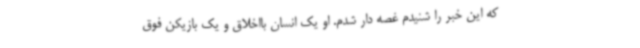
که این خبر را شنیدم غصه دار شدم. او یک انسان بااخلاق و یک بازیکن فوق